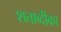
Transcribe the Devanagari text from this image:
शताब्दीका